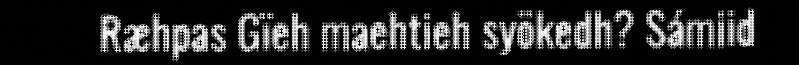
Ræhpas Gïeh maehtieh syökedh? Sámiid